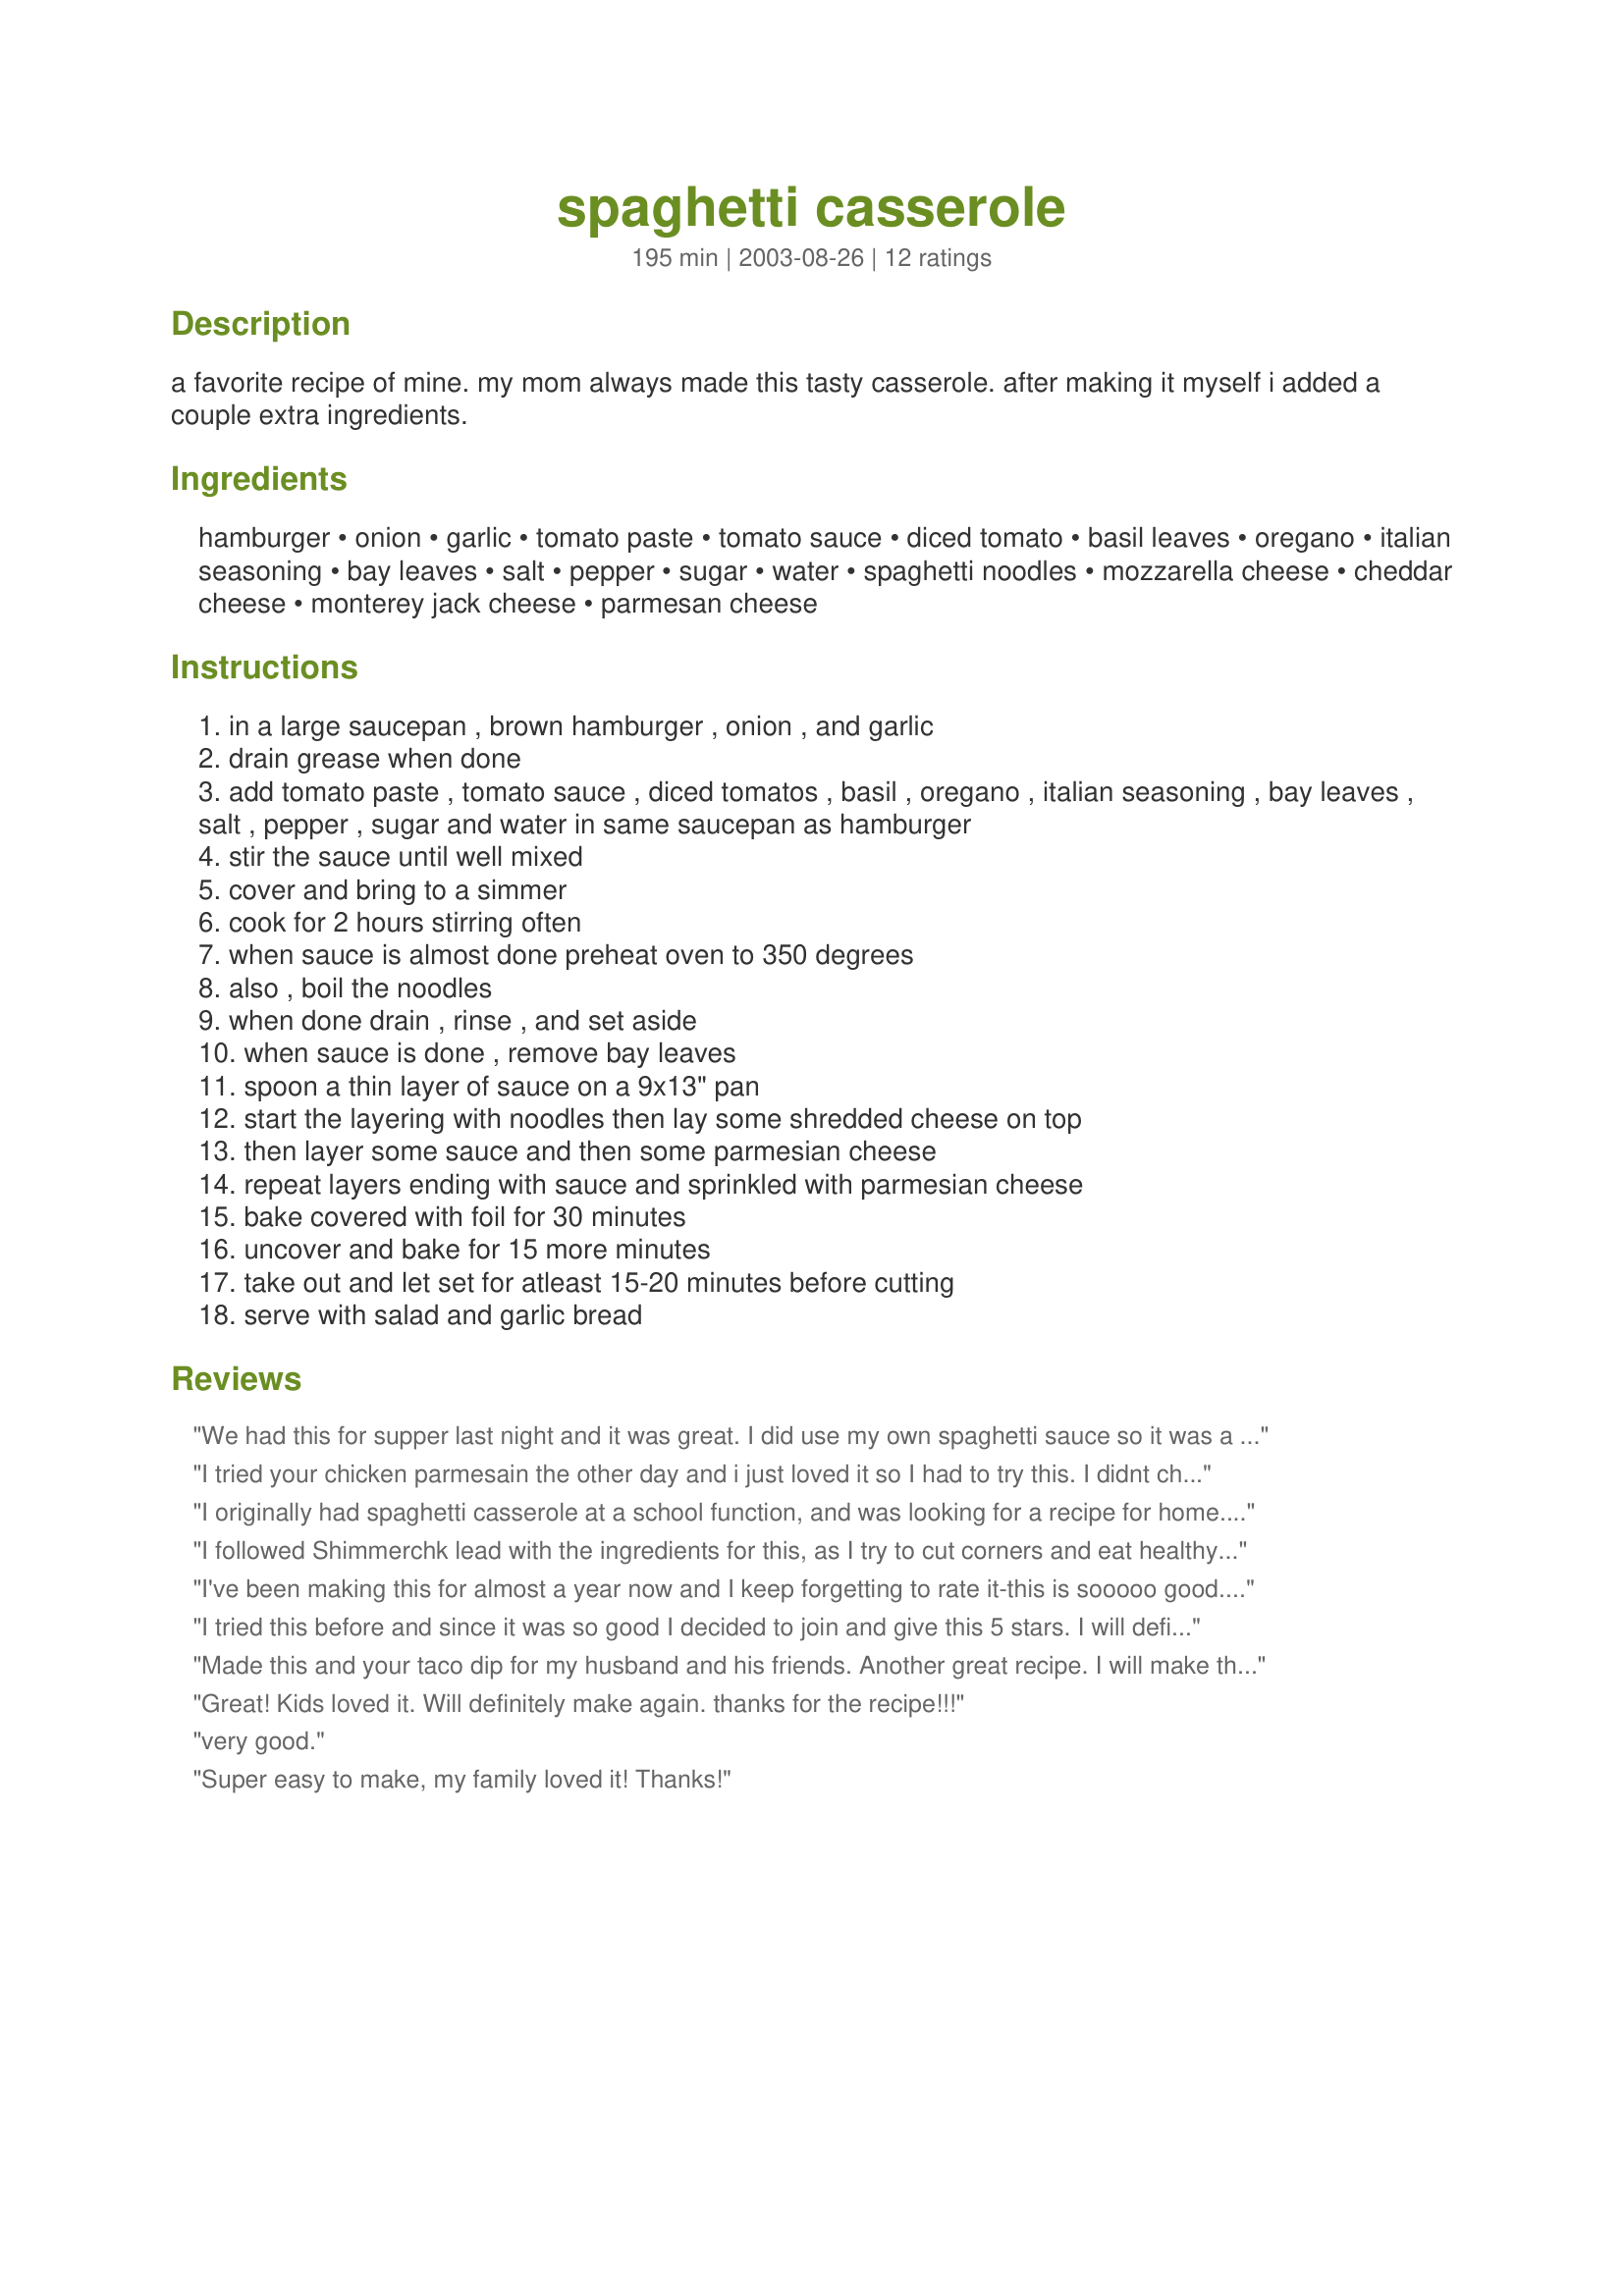
spaghetti casserole
Preparation time: 195 minutes

a favorite recipe of mine. my mom always made this tasty casserole. after making it myself i added a couple extra ingredients.

Ingredients:
hamburger, onion, garlic, tomato paste, tomato sauce, diced tomato, basil leaves, oregano, italian seasoning, bay leaves, salt, pepper, sugar, water, spaghetti noodles, mozzarella cheese, cheddar cheese, monterey jack cheese, parmesan cheese

Steps:
in a large saucepan , brown hamburger , onion , and garlic
drain grease when done
add tomato paste , tomato sauce , diced tomatos , basil , oregano , italian seasoning , bay leaves , salt , pepper , sugar and water in same saucepan as hamburger
stir the sauce until well mixed
cover and bring to a simmer
cook for 2 hours stirring often
when sauce is almost done preheat oven to 350 degrees
also , boil the noodles
when done drain , rinse , and set aside
when sauce is done , remove bay leaves
spoon a thin layer of sauce on a 9x13" pan
start the layering with noodles then lay some shredded cheese on top
then layer some sauce and then some parmesian cheese
repeat layers ending with sauce and sprinkled with parmesian cheese
bake covered with foil for 30 minutes
uncover and bake for 15 more minutes
take out and let set for atleast 15-20 minutes before cutting
serve with salad and garlic bread

Reviews:
We had this for supper last night and it was great. I did use my own spaghetti sauce so it was a cinch to prepare and so so good.Sorry I didn't take a picture.
Thanks for posting.
Rita/Sage
I tried your chicken parmesain the other day and i just loved it so I had to try this. I didnt change a thing. Pasta is my weakness. I made this for a sunday dinner thinkin there would be leftovers for atleast 2 days. I was wrong!! They all liked it so much there was only 2 small helpings left. I will definitely make again.
I originally had spaghetti casserole at a school function, and was looking for a recipe for home. This was even better than the one I had at school! My family really liked this, and the leftovers were great too. I added 1/2 lb. hamburger, as my famiy likes their sauce really meaty, and added mushrooms as well. When I put it together, there wasn't enough room in the pan, so ended up with two pans. I will definitely make this again.
I followed Shimmerchk lead with the ingredients for this, as I try to cut corners and eat healthy when I can. This is comforting and delicious! I thought the spices were a nice addition and gave a great flavor to the sauce. This took a little time to make but it was worth every minute, because it's a great casserole to have anytime!
I've been making this for almost a year now and I keep forgetting to rate it-this is sooooo good. I've made it for several get togethers and a couple of holidays and it's always the best dish!! It also makes a lot of spaghetti so it's perfect for a crowd. I always buy the block cheese and grate it myself-I think things taste better that way. It's truly the best spaghetti I've ever had!!! Thanks for sharing!!
I tried this before and since it was so good I decided to join and give this 5 stars. I will definitely look forward to trying other recipes in the future.
Made this and your taco dip for my husband and his friends. Another great recipe. I will make this again and again!
Great! Kids loved it. Will definitely make again. thanks for the recipe!!!
very good.
Super easy to make, my family loved it! Thanks!
This was great! Comforting, filling, tasty and simple to make even though it is a little time consuming. We used whole wheat spaghetti noodles, splenda for the sugar, and 2% cheddar and jack cheese as well as part skim mozzarella cheese. We used extra lean ground turkey for the ground beef and this made a South beach friendly and thoroughly delicious meal. I know we will make this often! Thanks!
This is definitely THE BEST baked spaghetti I've ever had, and is a permanent addition to our family cookbook. It's wonderful as-is, but it's proven to be a very adaptable recipe. It freezes well, and tastes even better warmed over.
I've experimented with suggestions from other reviewers - more meat and adding mushrooms - still great. Made it once with store-bought frozen meatballs, crumbled up - still great. Tried the South Beach version (see other reviews) - still great. Also freezes well - great to make ahead for church functions, potlucks, etc. From frozen, takes a while to bake - I think it's about 1 hour 15 or 30 minutes...can't remember exactly, but it's about the same cooking time as frozen store-bought lasagna.
